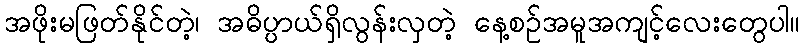
အဖိုးမဖြတ်နိုင်တဲ့၊ အဓိပ္ပာယ်ရှိလွန်းလှတဲ့ နေ့စဉ်အမူအကျင့်လေးတွေပါ။